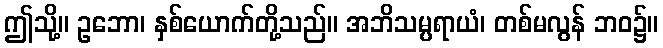
ဤသို့။ ဥဘော၊ နှစ်ယောက်တို့သည်။ အဘိသမ္ပရာယံ၊ တစ်မလွန် ဘဝ၌။